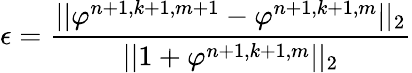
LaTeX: \epsilon=\frac{||\varphi^{n+1,k+1,m+1}-\varphi^{n+1,k+1,m}||_{2}}{||1+\varphi^{n+1,k+1,m}||_{2}}